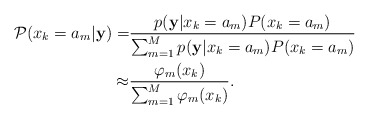
\begin{align*}\mathcal P(x_k = a_m\vert {\bf y}) = & \frac{p({\bf y}|x_k = a_m)P(x_k = a_m)}{\sum_{m=1}^{M} p({\bf y}|x_k = a_m)P(x_k = a_m)} \\ \approx & \frac{\varphi_m(x_k)}{\sum_{m=1}^{M}\varphi_m(x_k)}.\end{align*}